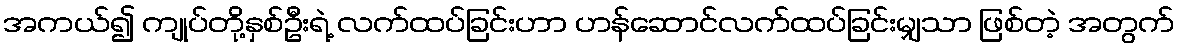
အကယ်၍ ကျုပ်တို့နှစ်ဦးရဲ့ လက်ထပ်ခြင်းဟာ ဟန်ဆောင်လက်ထပ်ခြင်းမျှသာ ဖြစ်တဲ့ အတွက်